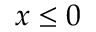
x \leq 0